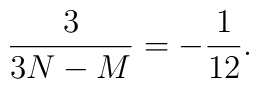
\frac{3}{3N-M} = -\frac{1}{12}.